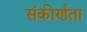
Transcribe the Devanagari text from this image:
संकीर्णंता